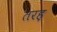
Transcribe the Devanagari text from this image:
तरह़